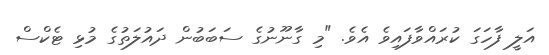
އަލީ ފާހަގަ ކުރައްވާފައިވެ އެވެ. "މި ގާނޫނުގެ ސަބަބުން ދައުލަތުގެ މުޅި ޓެކްސް